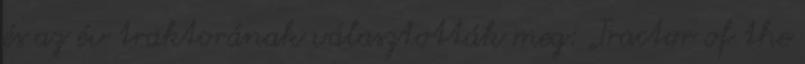
és az év traktorának választották meg: „Tractor of the